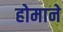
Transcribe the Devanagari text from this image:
होमाने